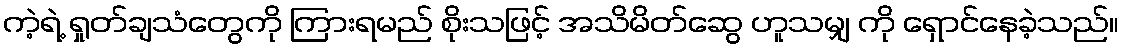
ကဲ့ရဲ့ ရှုတ်ချသံတွေကို ကြားရမည် စိုးသဖြင့် အသိမိတ်ဆွေ ဟူသမျှ ကို ရှောင်နေခဲ့သည်။